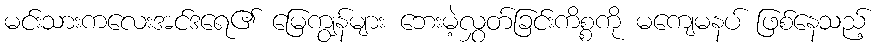
မင်းသားကလေးအင်ဒရေ၏ မြေကျွန်များ ဘေးမဲ့လွှတ်ခြင်းကိစ္စကို မကျေမနပ် ဖြစ်နေသည့်